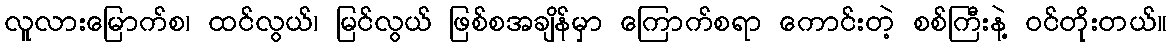
လူလားမြောက်စ၊ ထင်လွယ်၊ မြင်လွယ် ဖြစ်စအချိန်မှာ ကြောက်စရာ ကောင်းတဲ့ စစ်ကြီးနဲ့ ဝင်တိုးတယ်။